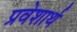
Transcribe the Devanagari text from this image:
प्रवेशार्थ